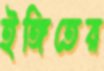
ইঙ্গিতের